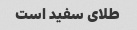
طلای سفید است